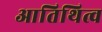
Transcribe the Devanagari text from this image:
आतिथित्व